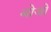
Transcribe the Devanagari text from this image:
बोजो